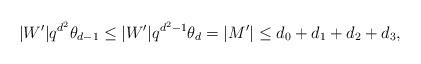
LaTeX: \begin{align*}|W'|q^{d^2}\theta_{d-1}\le|W'|q^{d^2-1}\theta_d=|M'|\le d_0+d_1+d_2+d_3,\end{align*}